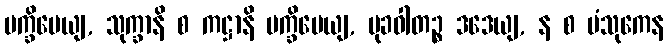
ပက္ခိပေယျ, သုက္ခာနိ စ ကဋ္ဌာနိ ပက္ခိပေယျ, မုခဝါတဉ္စ ဒဒေယျ, န စ ပံသုကေန